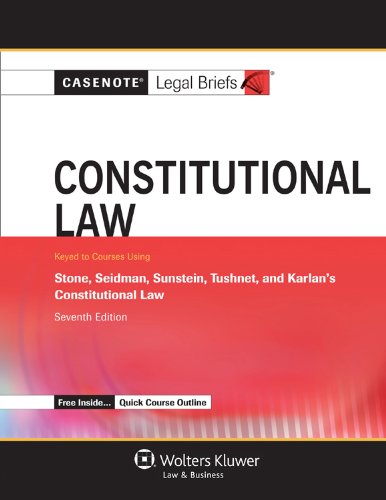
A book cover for Casenote Legal Briefs: Constitutional Law, Keyed to Stone, Seidman, Sunstein, Tushnet, & Karlan, Seventh Edition; Casenote Legal Briefs; Law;